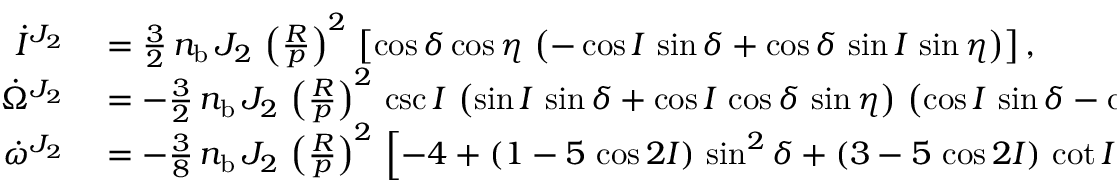
\begin{array} { r l } { \dot { I } ^ { J _ { 2 } } } & { { } = \frac { 3 } { 2 } \, n _ { \mathrm { b } } \, J _ { 2 } \, \left( \frac { R } { p } \right) ^ { 2 } \, \left[ \cos \delta \cos \eta \, \left( - \cos I \, \sin \delta + \cos \delta \, \sin I \, \sin \eta \right) \right] , } \\ { \dot { \Omega } ^ { J _ { 2 } } } & { { } = - \frac { 3 } { 2 } \, n _ { \mathrm { b } } \, J _ { 2 } \, \left( \frac { R } { p } \right) ^ { 2 } \, \csc I \, \left( \sin I \, \sin \delta + \cos I \, \cos \delta \, \sin \eta \right) \, \left( \cos I \, \sin \delta - \cos \delta \, \sin I \, \sin \eta \right) , } \\ { \dot { \omega } ^ { J _ { 2 } } } & { { } = - \frac { 3 } { 8 } \, n _ { \mathrm { b } } \, J _ { 2 } \, \left( \frac { R } { p } \right) ^ { 2 } \, \left[ - 4 + \left( 1 - 5 \, \cos 2 I \right) \, \sin ^ { 2 } \delta + \left( 3 - 5 \, \cos 2 I \right) \, \cot I \, \sin 2 \delta \, \sin \eta + \right. } \end{array}